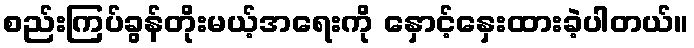
စည်းကြပ်ခွန်တိုးမယ့်အရေးကို နှောင့်နှေးထားခဲ့ပါတယ်။